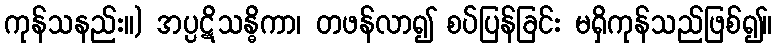
ကုန်သနည်း။) အပ္ပဋိသန္ဓိကာ၊ တဖန်လာ၍ စပ်ပြန်ခြင်း မရှိကုန်သည်ဖြစ်၍။